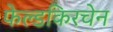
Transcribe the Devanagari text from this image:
फेल्डकिरचेन